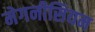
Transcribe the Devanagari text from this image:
मेगनीसियम